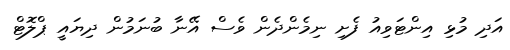
އަދި މުޅި އިންޓަވިއު ފެށި ނިމެންދެން ވެސް އޭނާ ބުނަމުން ދިޔައީ ޕްލޮޓް